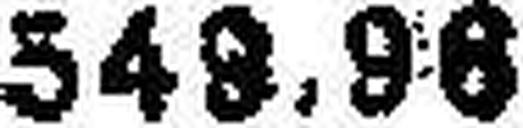
549.96 U